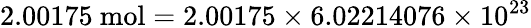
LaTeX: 2.00175~\mathrm{mol}=2.00175\times 6.02214076\times 10^{23}